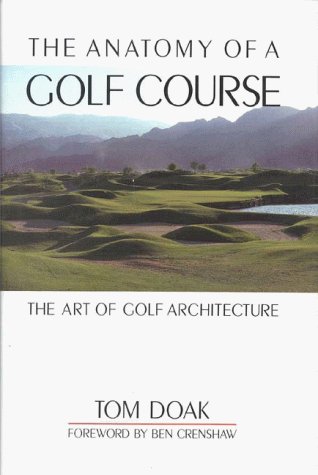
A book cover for The Anatomy of a Golf Course: The Art of Golf Architecture; Tom Doak; Sports & Outdoors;